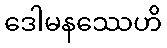
ဒေါမနဿေဟိ